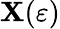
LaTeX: \mathbf{X}(\varepsilon)